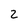
Character: 2